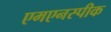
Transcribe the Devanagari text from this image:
एमएनस्पीक